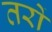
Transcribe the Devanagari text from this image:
तरों